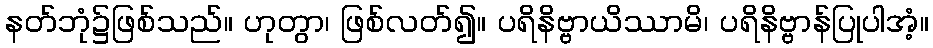
နတ်ဘုံ၌ဖြစ်သည်။ ဟုတွာ၊ ဖြစ်လတ်၍။ ပရိနိဗ္ဗာယိဿာမိ၊ ပရိနိဗ္ဗာန်ပြုပါအံ့။